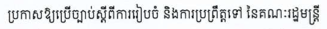
ប្រកាសឱ្យប្រើច្បាប់ស្តីពីការរៀបចំ និងការប្រព្រឺត្តទៅ នៃគណៈរដ្ឋមន្រ្តី